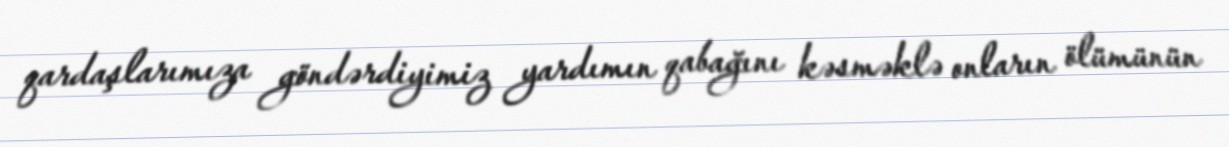
qardaşlarımıza göndərdiyimiz yardımın qabağını kəsməklə onların ölümünün